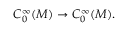
C _ { 0 } ^ { \infty } ( M ) \to C _ { 0 } ^ { \infty } ( M ) .